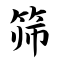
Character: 筛